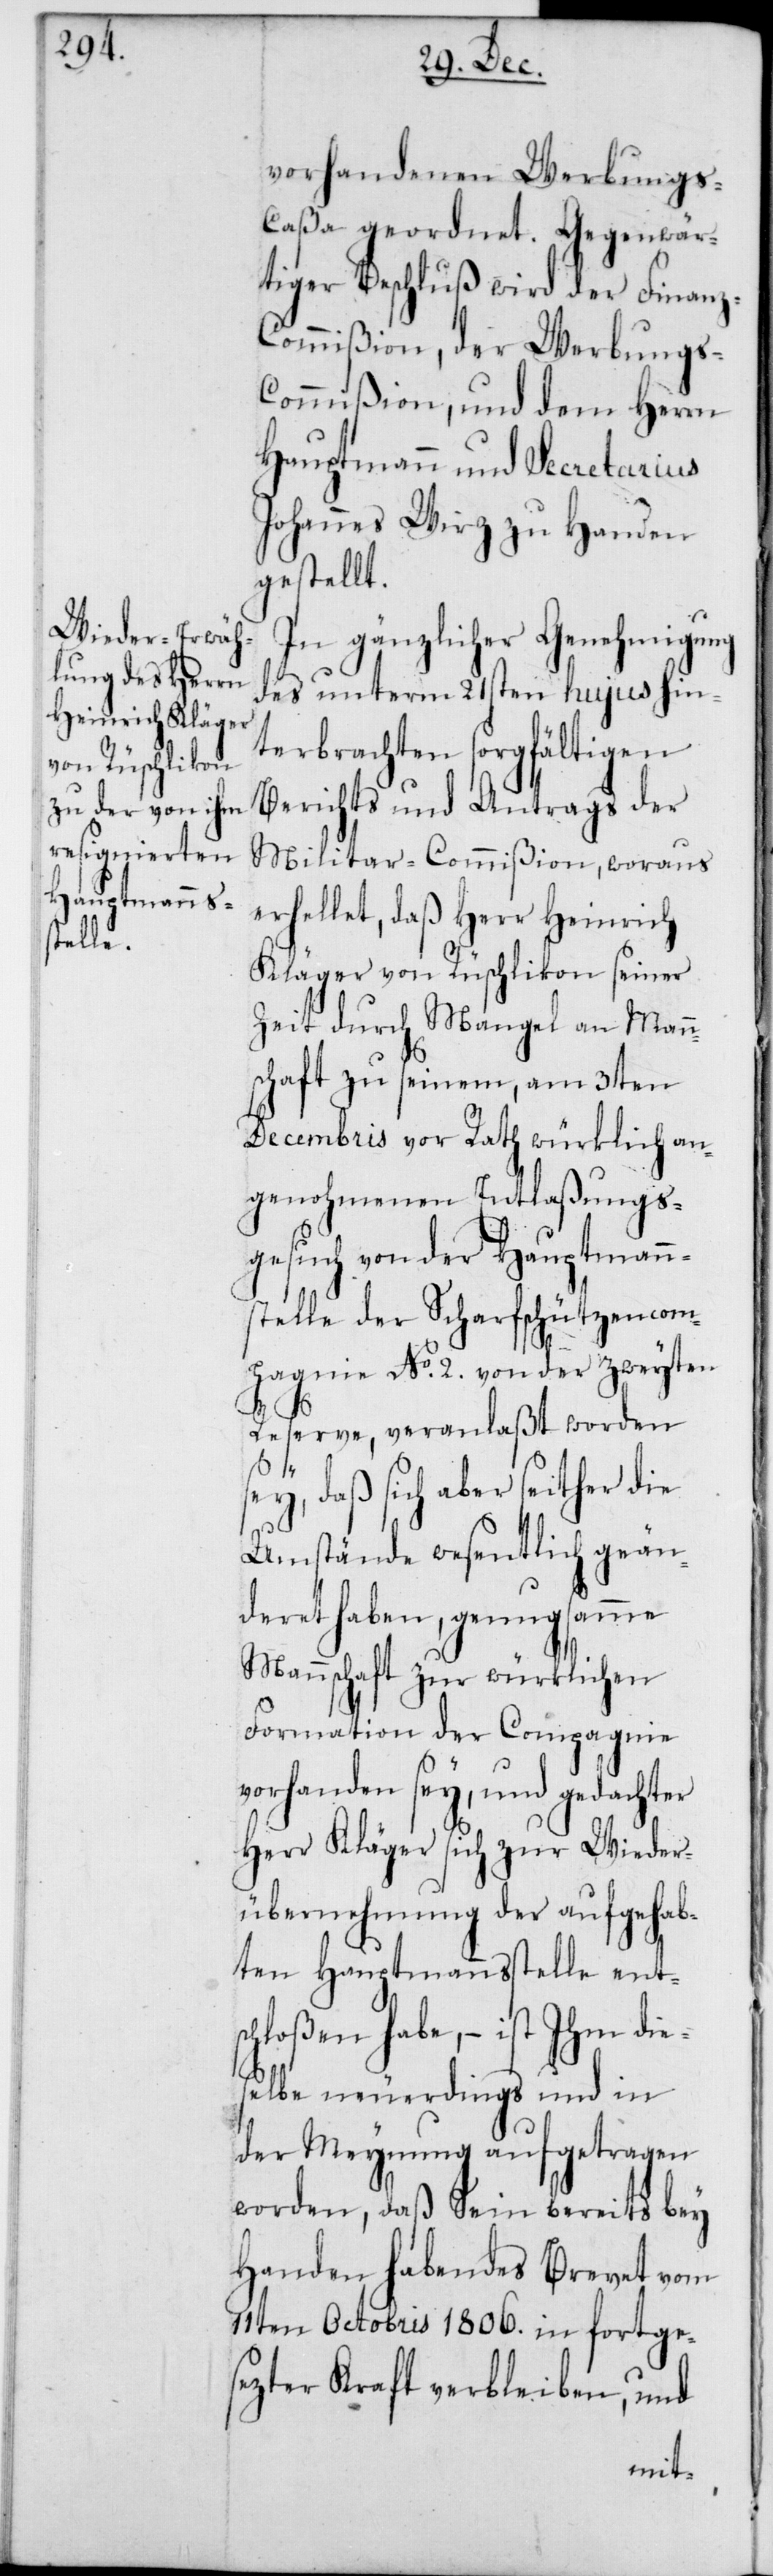
z-C¬

Gegenwär¬
vorhandenen Werbung¬
tiger Beschluß wird der Finan¬
ommißion, der Werbungs-C¬
ommißion, und dem Herrn
Hauptmann und Secretarius
Johannes Wirz zu Handen
gestellt.
In gänzlicher Genehmigung
des unterm 21sten hujus hin¬
terbrachten sorgfältigen
Berichts und Antrags der
Militar-Commißion, woraus
erhellet, daß Herr Heinrich
Kläger von Rüschlikon seiner
Zeit durch Mangel an Mann¬
schaft zu seinem, am 3ten
Decembris vor Rath würklich an¬
genohmenen Entlaßungs¬
gesuch von der Hauptmanns¬
stelle der Scharfschützencom¬
pagnie No 2. von der zweyten
Reserve, veranlaßt worden
t.
sey, daß sich aber seither die
Umstände wesentlich geän¬
deret haben, genugsamme
Mannschaft zur würklichen
Formation der Compagnie
vorhanden sey, und gedachter
Herr Kläger sich zur Wieder¬
übernehmung der aufgehab¬
ten Hauptmannsstelle ents¬
chloßen habe, – ist Ihm di¬
eselbe neuerdings und in
der Meynung aufgetragen
worden, daß Sein bereits bey
Handen habendes Brevet vom
11ten Octobris 1806. in fortge¬
sezter Kraft verbleiben, und